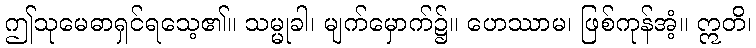
ဤသုမေဓာရှင်ရသေ့၏။ သမ္မုခါ၊ မျက်မှောက်၌။ ဟေဿာမ၊ ဖြစ်ကုန်အံ့။ ဣတိ၊